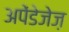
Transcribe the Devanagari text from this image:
अपेंडेजेज़